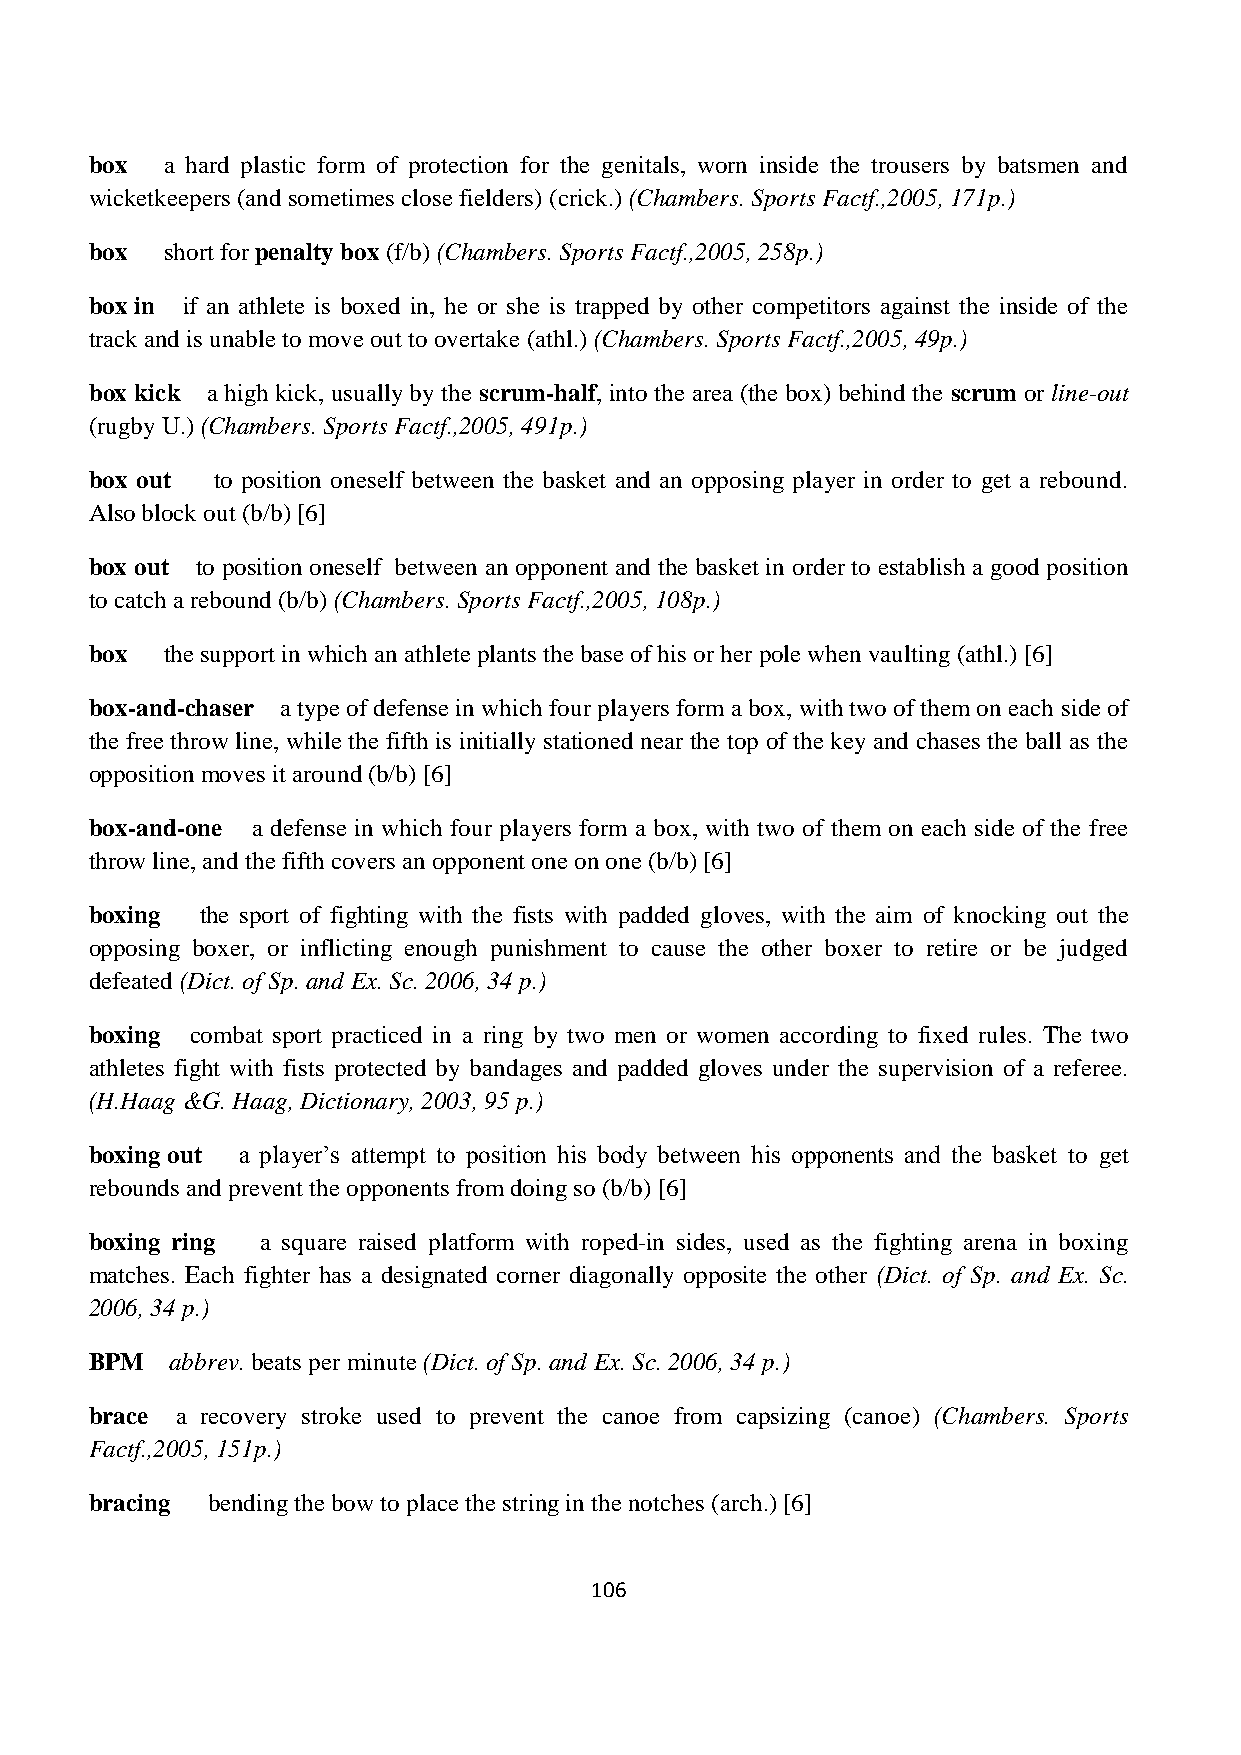
box  a hard plastic form of protection for the genitals, worn inside the trousers by batsmen and
 wicketkeepers (and sometimes close fielders) (crick.) (Chambers. Sports Factf.,2005, 171p.)
 box  short for penalty box (f/b) (Chambers. Sports Factf.,2005, 258p.)
 box in if an athlete is boxed in, he or she is trapped by other competitors against the inside of the
 track and is unable to move out to overtake (athl.) (Chambers. Sports Factf.,2005, 49p.)
 box kick a high kick, usually by the scrum-half, into the area (the box) behind the scrum or line-out
 (rugby U.) (Chambers. Sports Factf.,2005, 491p.)
 box out to position oneself between the basket and an opposing player in order to get a rebound.
 Also block out (b/b) [6]
 box out to position oneself between an opponent and the basket in order to establish a good position
 to catch a rebound (b/b) (Chambers. Sports Factf.,2005, 108p.)
 box  the support in which an athlete plants the base of his or her pole when vaulting (athl.) [6]
 box-and-chaser a type of defense in which four players form a box, with two of them on each side of
 the free throw line, while the fifth is initially stationed near the top of the key and chases the ball as the
 opposition moves it around (b/b) [6]
 box-and-one a defense in which four players form a box, with two of them on each side of the free
 throw line, and the fifth covers an opponent one on one (b/b) [6]
 boxing the sport of fighting with the fists with padded gloves, with the aim of knocking out the
 opposing boxer, or inflicting enough punishment to cause the other boxer to retire or be judged
 defeated (Dict. of Sp. and Ex. Sc. 2006, 34 p.)
 boxing combat sport practiced in a ring by two men or women according to fixed rules. The two
 athletes fight with fists protected by bandages and padded gloves under the supervision of a referee.
 (H.Haag &G. Haag, Dictionary, 2003, 95 p.)
 boxing out a player’s attempt to position his body between his opponents and the basket to get
 rebounds and prevent the opponents from doing so (b/b) [6]
 boxing ring a square raised platform with roped-in sides, used as the fighting arena in boxing
 matches. Each fighter has a designated corner diagonally opposite the other (Dict. of Sp. and Ex. Sc.
 2006, 34 p.)
 BPM  abbrev. beats per minute (Dict. of Sp. and Ex. Sc. 2006, 34 p.)
 brace a recovery stroke used to prevent the canoe from capsizing (canoe) (Chambers. Sports
 Factf.,2005, 151p.)
 bracing bending the bow to place the string in the notches (arch.) [6]
 106